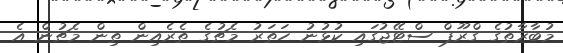
މުބާރާތުގެ ގްރޫޕް ސްޓޭޖުގައި ކުޅުނު ހަތަރު މެޗުގެ ތެރެއިން ތިން މެޗުން އެ